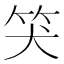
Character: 𥬇